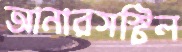
আনারসস্টিল